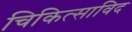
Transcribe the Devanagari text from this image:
चिकित्साविद